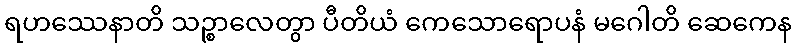
ရဟဿေနာတိ သဉ္စာလေတွာ ပီတိယံ ကေသောရောပနံ မဂေါတိ ဆေကေန